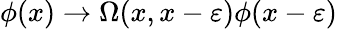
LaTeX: \phi(x)\rightarrow\Omega(x,x-\varepsilon)\phi(x-\varepsilon)